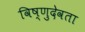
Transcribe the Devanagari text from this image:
विष्णुदेवता